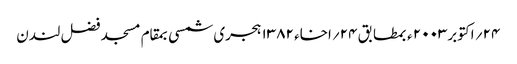
۲۴؍ اکتوبر۲۰۰۳ ء بمطابق ۲۴؍اخاء ۱۳۸۲ ہجری شمسی بمقام مسجد فضل لندن